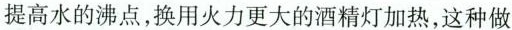
提高水的沸点，换用火力更大的酒精灯加热，这种做